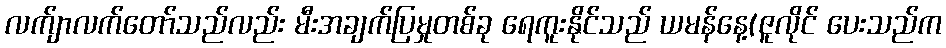
လက်ျာလက်တော်သည်လည်း မီးအချက်ပြမှုတစ်ခု ရေကူးနိုင်သည် ယမန်နေ့(ဇူလိုင် ပေးသည်က